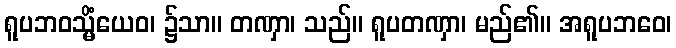
ရူပဘဝသ္မိံယေဝ၊ ၌သာ။ တဏှာ၊ သည်။ ရူပတဏှာ၊ မည်၏။ အရူပဘဝေ၊